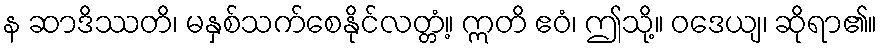
န ဆာဒိဿတိ၊ မနှစ်သက်စေနိုင်လတ္တံ့။ ဣတိ ဧဝံ၊ ဤသို့။ ဝဒေယျ၊ ဆိုရာ၏။